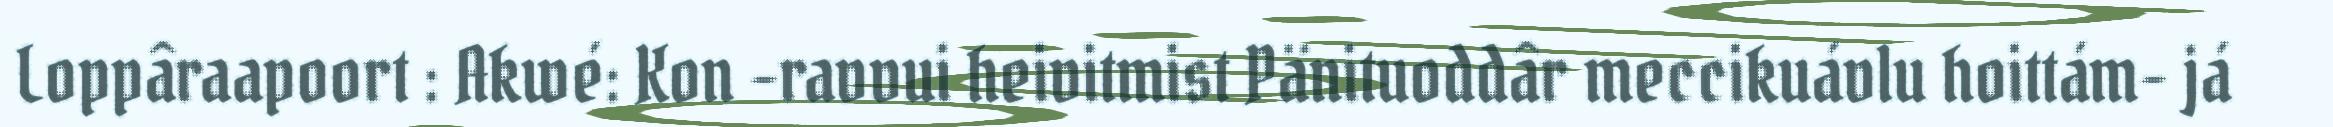
Loppâraapoort : Akwé: Kon –ravvui heivitmist Pänituoddâr meccikuávlu hoittám- já